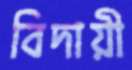
বিদায়ী